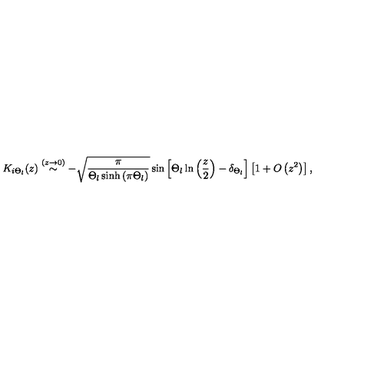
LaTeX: K _ { i \Theta _ { l } } ( z ) \stackrel { ( z \rightarrow 0 ) } { \sim } - \sqrt { \frac { \pi } { \Theta _ { l } \sinh \left( \pi \Theta _ { l } \right) } } \sin \left[ \Theta _ { l } \ln \left( \frac { z } { 2 } \right) - \delta _ { \Theta _ { l } } \right] \left[ 1 + O \left( z ^ { 2 } \right) \right] ,